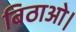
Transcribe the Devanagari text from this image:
बिठाओ।